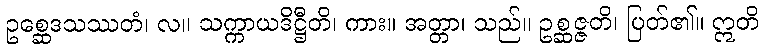
ဥစ္ဆေဒသဿတံ၊ လ။ သက္ကာယဒိဋ္ဌီတိ၊ ကား။ အတ္တာ၊ သည်။ ဥစ္ဆဇ္ဇတိ၊ ပြတ်၏။ ဣတိ